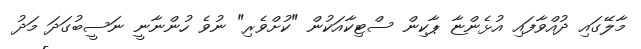
މާލޭގައި ދުއްވާފައި އުޅެންޏާ ޕާކިން ސްޓިކާއަކުން "ކުށްވެރި" ނުވެ ހުންނާނީ ނަސީބުގަދަ މަދު